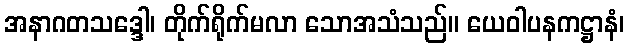
အနာဂတသဒ္ဒေါ၊ တိုက်ရိုက်မလာ သောအသံသည်။ ယေဝါပနကဋ္ဌာနံ၊